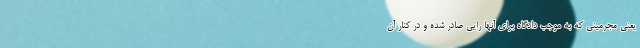
یعنی مجرمینی که به موجب دادگاه برای آنها رایی صادر شده و در کنار آن